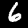
Digit: 6